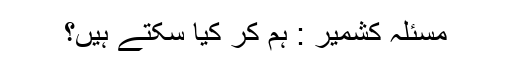
مسئلہ کشمیر : ہم کر کیا سکتے ہیں؟